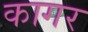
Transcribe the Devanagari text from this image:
कागर